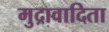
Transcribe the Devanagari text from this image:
मुद्रावादिता